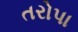
તરોપા